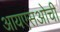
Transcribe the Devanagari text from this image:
आयएसओची